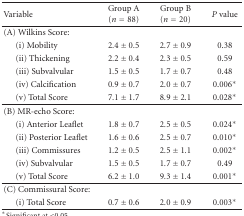
| Variable | Group A (n = 88) | Group B (n = 20) | P value |
 | --- | --- | --- | --- |
 | (A) Wilkins Score: |  |  |  |
 | (i) Mobility | 2.4 ± 0.5 | 2.7 ± 0.9 | 0.38 |
 | (ii) Thickening | 2.2 ± 0.4 | 2.3 ± 0.5 | 0.59 |
 | (iii) Subvalvular | 1.5 ± 0.5 | 1.7 ± 0.7 | 0.48 |
 | (iv) Calcification | 0.9 ± 0.7 | 2.0 ± 0.7 | 0.006* |
 | (v) Total Score | 7.1 ± 1.7 | 8.9 ± 2.1 | 0.028* |
 | (B) MR-echo Score: |  |  |  |
 | (i) Anterior Leaflet | 1.8 ± 0.7 | 2.5 ± 0.5 | 0.024* |
 | (ii) Posterior Leaflet | 1.6 ± 0.6 | 2.5 ± 0.7 | 0.010* |
 | (iii) Commissures | 1.2 ± 0.5 | 2.5 ± 1.1 | 0.002* |
 | (iv) Subvalvular | 1.5 ± 0.5 | 1.7 ± 0.7 | 0.49 |
 | (v) Total Score | 6.2 ± 1.0 | 9.3 ± 1.4 | 0.001* |
 | (C) Commissural Score: |  |  |  |
 | (i) Total Score | 0.7 ± 0.6 | 2.0 ± 0.9 | 0.003* |